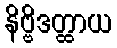
နိဗ္ဗိဒတ္ထာယ